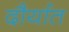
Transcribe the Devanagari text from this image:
दौर्यात